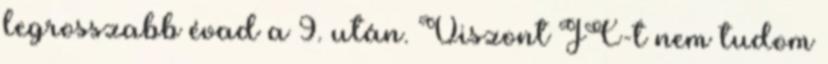
legrosszabb évad a 9. után. Viszont JC-t nem tudom